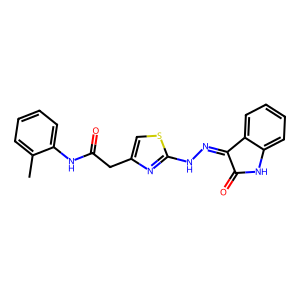
SMILES: Cc1ccccc1NC(=O)Cc1csc(NN=C2C(=O)Nc3ccccc32)n1
Inhibits HIV replication: No